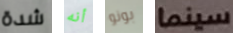
شدة أنه بونو سينما